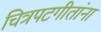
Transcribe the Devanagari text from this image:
चित्रपटगीतांना